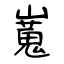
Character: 嵬